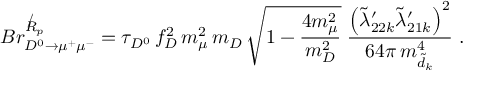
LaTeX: { \cal B } r _ { D ^ { 0 } \to \mu ^ { + } \mu ^ { - } } ^ { \not R _ { p } } = \tau _ { D ^ { 0 } } \, f _ { D } ^ { 2 } \, m _ { \mu } ^ { 2 } \, m _ { D } \, \sqrt { 1 - \frac { 4 m _ { \mu } ^ { 2 } } { m _ { D } ^ { 2 } } } \; \frac { \left( \tilde { \lambda } _ { 2 2 k } ^ { \prime } \tilde { \lambda } _ { 2 1 k } ^ { \prime } \right) ^ { 2 } } { 6 4 \pi \, m _ { \tilde { d } _ { k } } ^ { 4 } } ~ .